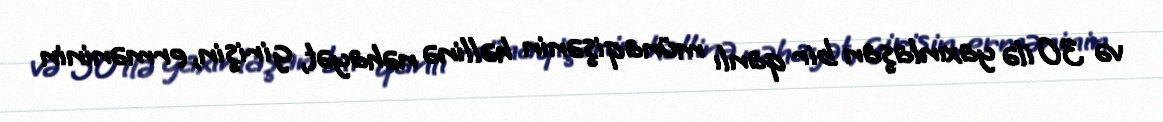
və 30 ilə yaxınlaşan bir qanlı münaqişənin həllinə nəhayət, girişin, erməninin